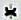
*